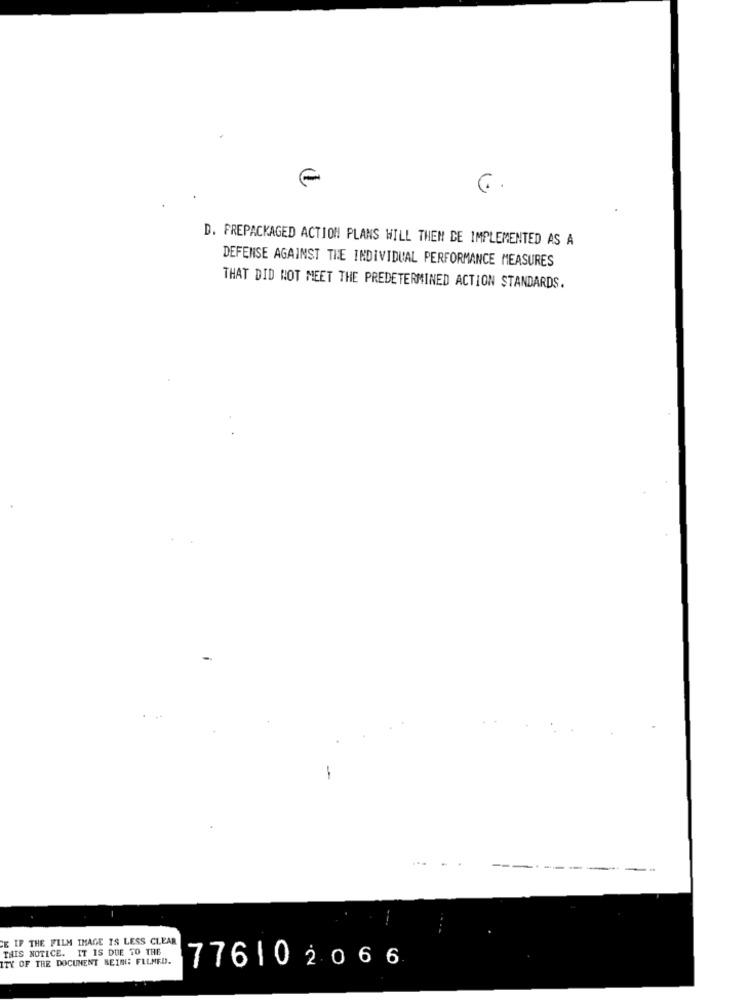
6.
D. PREPACKAGED ACTION PLANS WILL THEN DE IMPLEMENTED AS A
DEFENSE AGAINST THE INDIVIDUAL PERFORMANCE MEASURES
THAT DID NOT MEET THE PREDETERMINED ACTION STANDARDS.
-
-----
E IF THE FILM IMAGE IS LESS CLEAR
THIS NOTICE. IT IS DUE TO THE
ITY OF THE DOCUMENT BEING FLLMED.
776102066